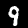
Digit: 9